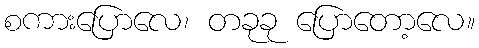
စကားပြောလေ၊ တခုခု ပြောတော့လေ။